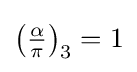
\left({\tfrac {\alpha }{\pi }}\right)_{3}=1